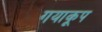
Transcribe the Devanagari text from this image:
गयाकूप